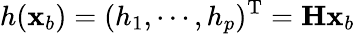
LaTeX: h({\mathbf x}_{b})=(h_{1},\cdots,h_{p})^{\mathrm{T}}={\mathbf H}{\mathbf x}_{b}